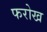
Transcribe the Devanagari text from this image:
फरोख